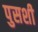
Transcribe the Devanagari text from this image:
पुसशी